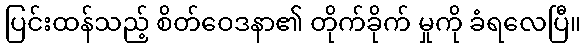
ပြင်းထန်သည့် စိတ်ဝေဒနာ၏ တိုက်ခိုက် မှုကို ခံရလေပြီ။